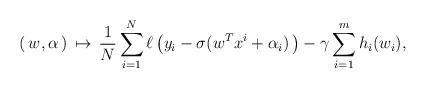
LaTeX: \begin{align*} ( \, w, \alpha \, ) \, \mapsto \, \displaystyle{\frac{1}{N}} \, \displaystyle{\sum_{i=1}^N} \, \ell\left( y_i - \sigma(w^Tx^i + \alpha_i) \, \right) - \gamma \, \displaystyle{\sum_{i=1}^m} \, h_i(w_i),\end{align*}